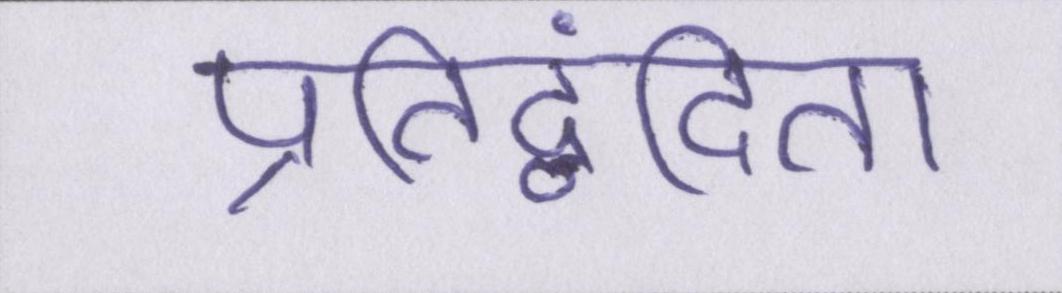
प्रतिद्वंदिता